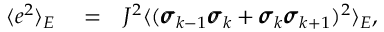
\begin{array} { r l r } { \langle e ^ { 2 } \rangle _ { E } } & { { } = } & { J ^ { 2 } \langle ( \pmb { \sigma } _ { k - 1 } \pmb { \sigma } _ { k } + \pmb { \sigma } _ { k } \pmb { \sigma } _ { k + 1 } ) ^ { 2 } \rangle _ { E } , } \end{array}